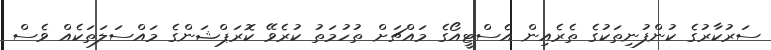
ސަރުކާރުގެ ކުންފުނިތަކުގެ ތެރެއިން އެސްޓީއޯގެ މައްޗަށް ތުުހުމަތު ކުރެވޭ ކޮރަޕްޝަންގެ މައްސަލަތަކެއް ވެސް